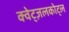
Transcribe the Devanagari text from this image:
क्वेट्ज़लकोट्ल